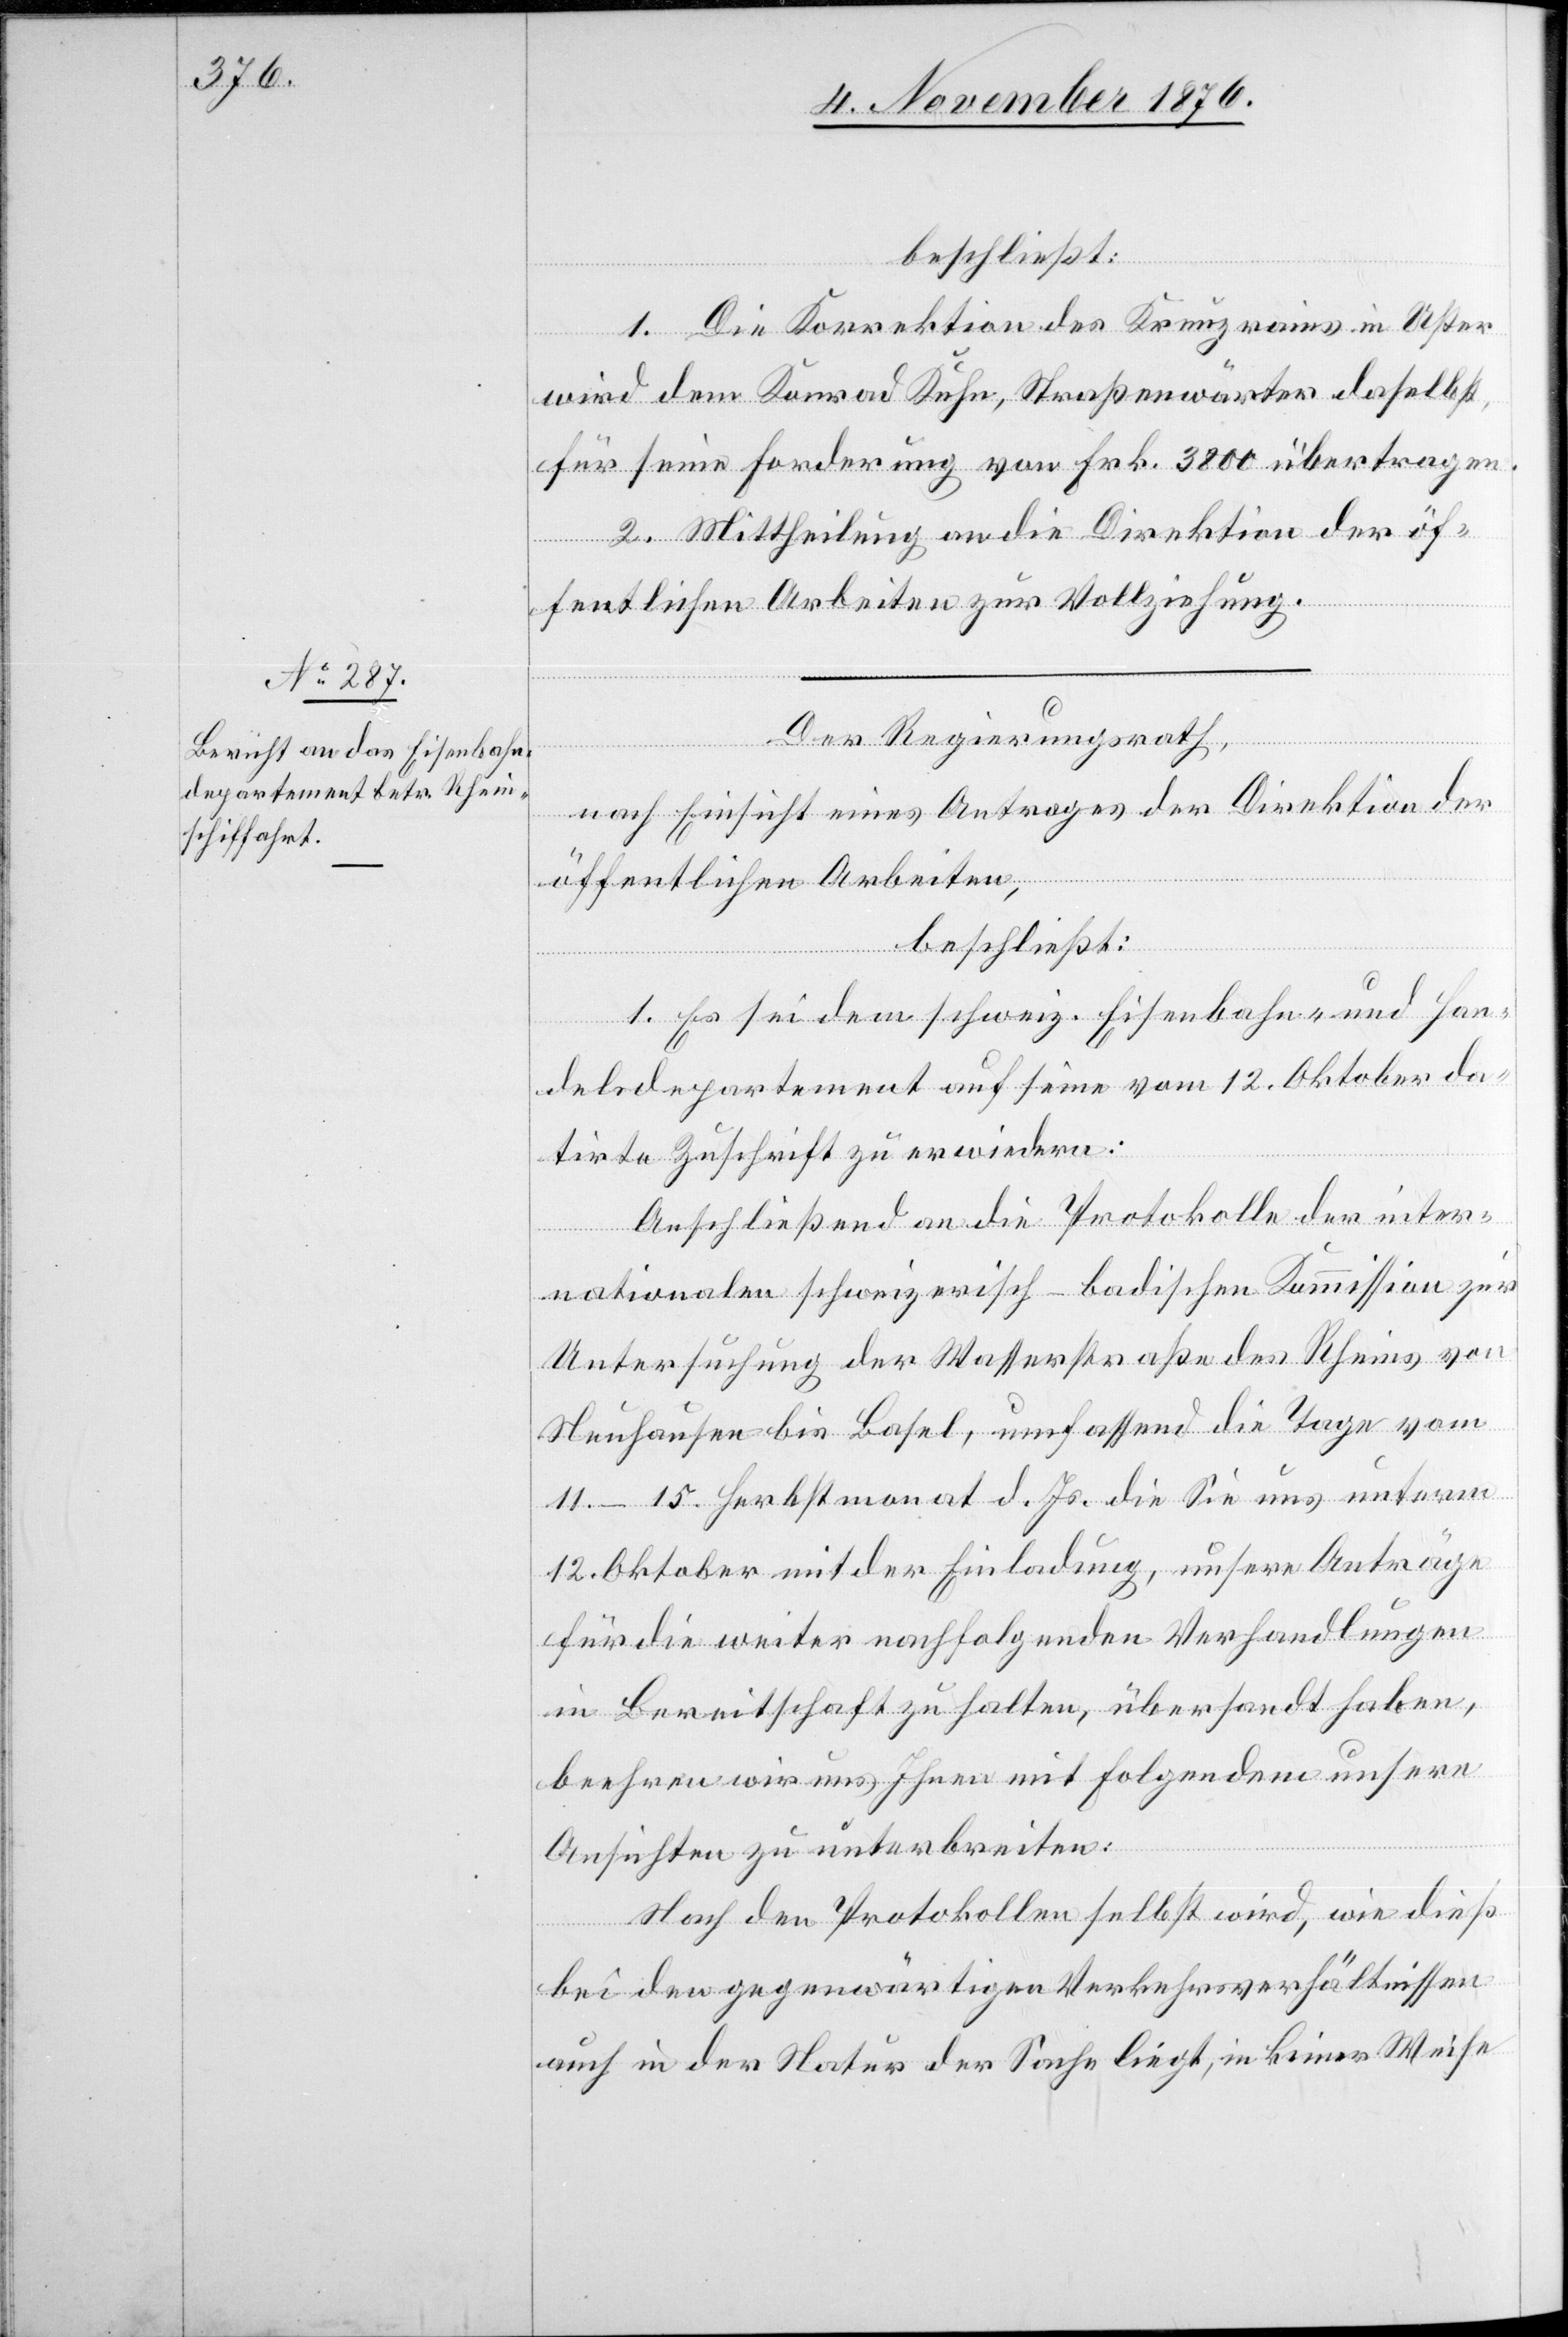
beschließt:
1. Die Korrektion des Kreuzrains in Uster
wird dem Konrad Kuhn, Straßenwärter daselbst,
für seine Forderung von Frk. 3800 übertragen.
2. Mittheilung an die Direktion der öf¬
fentlichen Arbeiten zur Vollziehung.
Der Regierungsrath,
nach Einsicht eines Antrages der Direktion der
öffentlichen Arbeiten,
beschließt:
1. Es sei dem schweiz. Eisenbahn- und Han¬
delsdepartement auf seine vom 12. Oktober da¬
tirte Zuschrift zu erwiedern:
Abschließend an die Protokolle der inter¬
nationalen schweizerisch-badischen Kommission zur
Untersuchung der Wasserstraße des Rheins von
Neuhausen bis Basel, umfassend die Tage vom
11.–15. Herbstmonat d. Js. die Sie uns unterm
12. Oktober mit der Einladung, unsere Anträge
für die weiter nachfolgenden Verhandlungen
in Bereitschaft zu halten, übersandt haben,
beehren wir uns Ihnen mit folgenden unsere
Ansichten zu unterbreiten:
Nach den Protokollen selbst wird, wie dieß
bei den gegenwärtigen Verkehrsverhältnissen
auch in der Natur der Sache liegt, in keiner Weise